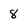
Character: 8